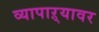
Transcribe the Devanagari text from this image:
व्यापाऱ्यावर